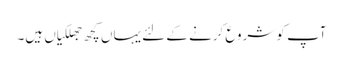
آپ کو شروع کرنے کے لئے یہاں کچھ جھلکیاں ہیں۔